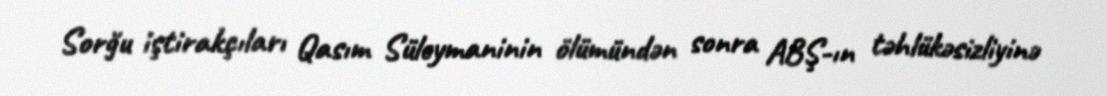
Sorğu iştirakçıları Qasım Süleymaninin ölümündən sonra ABŞ-ın təhlükəsizliyinə